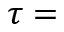
\tau =